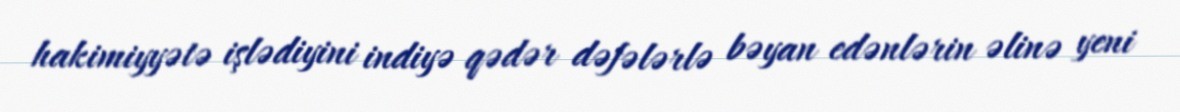
hakimiyyətə işlədiyini indiyə qədər dəfələrlə bəyan edənlərin əlinə yeni